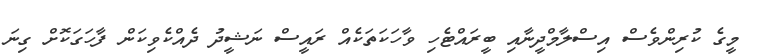
މީގެ ކުރިންވެސް އިސްލާމްދީނާއި ބީރައްޓެހި ވާހަކަތަކެއް ރައީސް ނަޝީދު ދެއްކެވިކަން ފާހަގަކޮށް ގިނަ